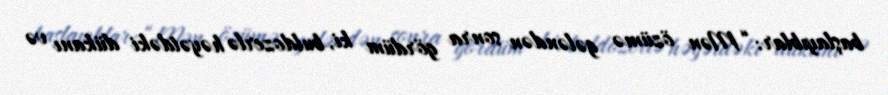
başlayıblar: “Mən özümə gələndən sonra gördüm ki, buldozerlə həyətdəki dükanı və